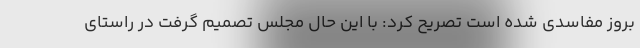
بروز مفاسدی شده است تصریح کرد: با این حال مجلس تصمیم گرفت در راستای